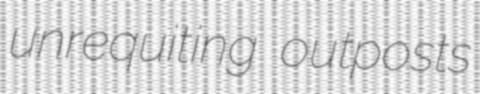
unrequiting outposts